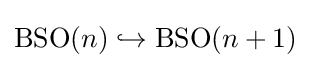
\operatorname {BSO} (n)\hookrightarrow \operatorname {BSO} (n+1)